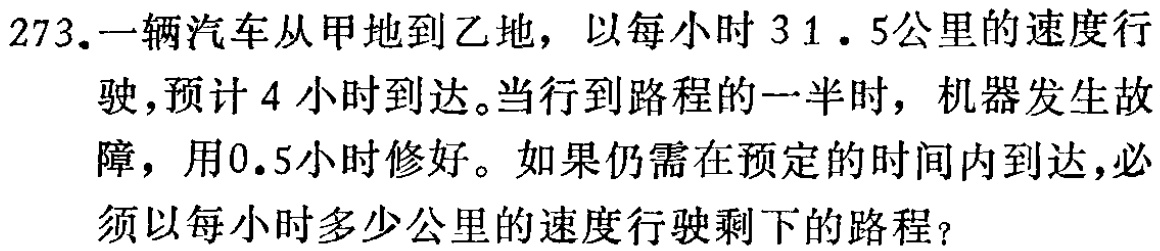
273.一辆汽车从甲地到乙地，以每小时$31.5$公里的速度行驶，预计$4$小时到达。当行到路程的一半时，机器发生故障，用$0.5$小时修好。如果仍需在预定的时间内到达，必须以每小时多少公里的速度行驶剩下的路程？